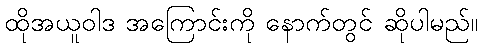
ထိုအယူဝါဒ အကြောင်းကို နောက်တွင် ဆိုပါမည်။